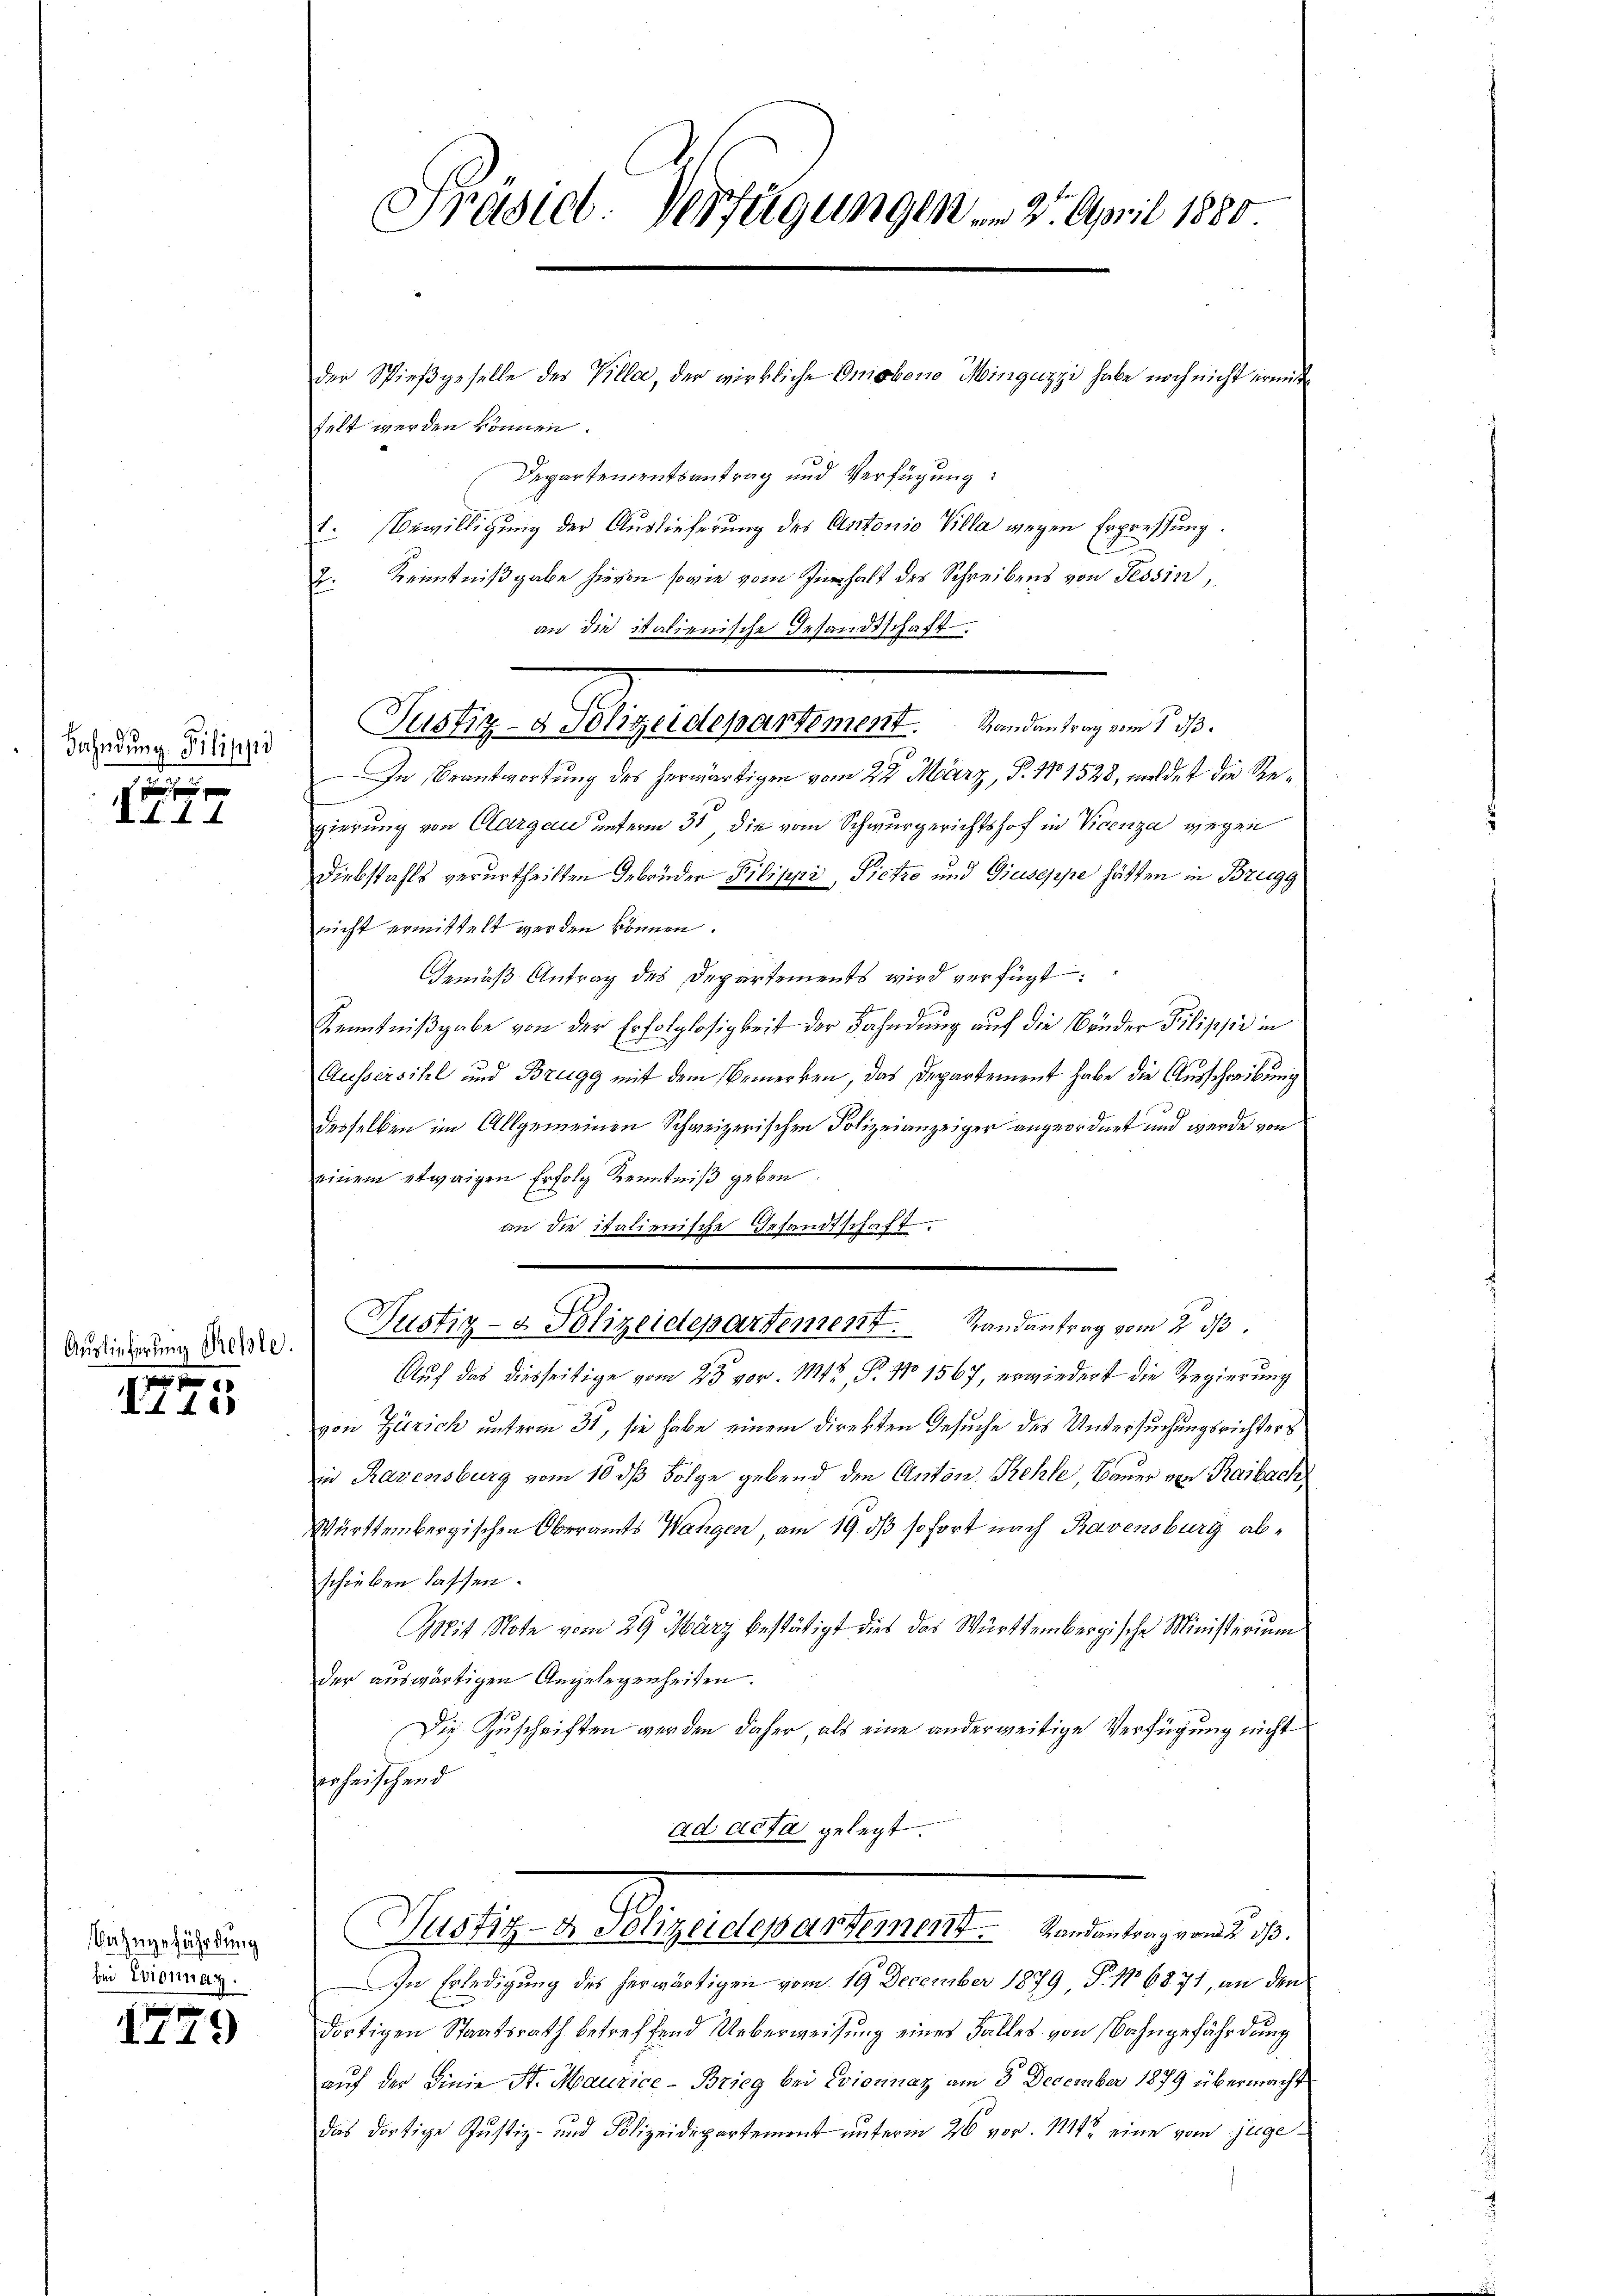
Bahndung Pilippi

d
d. d. d. 4.

Auslieferung Rehle.

00
II20

ahngefährdung
bei Evionnag.

f
II27)

Präsid. Verfügungen am 2. April 1880.

der Spießgeselle des Villa, der wirkliche Omobono Minguzzi habe noch nicht ermit
felt werden können.
Departementsantrag und Verfügung:
1. Bewilligung der Auslieferung des Antonio Villa wegen Erpressung.
Kenntnißgabe hievon sowie vom Zuhalt des Schreibens von Tessin,
f
an die italienische Gesandtschaft.
Justiz- & Polizeidepartement. Randantrag vom 1. ds.
In Beantwortung des herwärtigen vom 22. März, P. 1101528, mildet die Regierung von Aargau unterm 31 die vom Schwurgerichtshof in Vicenza gegen
Diebstahls verurtheilten Gebrüder Pilipps, Pietro und Giuseppe hätten in Brugg
nicht ermittelt werden können.
Gemäß Antrag des Departements wird verfügt:
Kenntnißgabe von der Erfolglosigkeit der Fahndung auf die Brüder Pilippe in
Aussersihl und Bregg mit dem Bemerken, das Departement habe die Ausschreibung
desselben im Allgemeinen Schweizerischen Polizeianzeiger angeordnet und werde von
einem etwaigen Erfolg Kenntniß geben.
an die italienische Gesandtschaft.
Justiz- & Polizeidepartement. Randantrag vom 2. ds.
Auf das diesseitige vom 23 vor. 1142, P. No 1567, erwiedert die Regierung
von Zürich unterm 31, sie habe einem direkten Gesuche des Untersuchungsrichters
in Ravensburg vom 10 dß Folge gebend den Anton Kehle, Bauer von Raibach
Württembergischen Oberamts Wangen am 19. dβ sofort nach Ravensburg abschieben lassen.
Mit Note vom 29. März bestätigt dies das Württembergische Ministerium
der auswärtigen Angelegenheiten.
Die Zuschriften werden daher, als eine anderweitige Verfügung nicht
senheischend
ad acta gelegt.
Justiz- & Polizeidepartement Randantrag vom 2. ds.
In Erledigung des herwärtigen vom 19. December 1879 P. No 6871, an den
dortigen Staatsrath betreffend Ueberweisung eines Falles von Bahngefährdung
aŭf der Linie St. Maurice - Brieg bei Evionnaz am 5. December 1879 übermacht
das dortige Justiz- und Polizeidepartement ŭnterm 26 vor. 194 eine vom juge